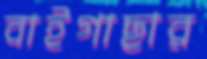
বাইগাছার